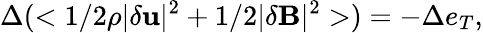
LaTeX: \Delta(<1/2\rho|\delta{\mathbf u}|^{2}+1/2|\delta{\mathbf B}|^{2}>)=-\Delta e_{T},